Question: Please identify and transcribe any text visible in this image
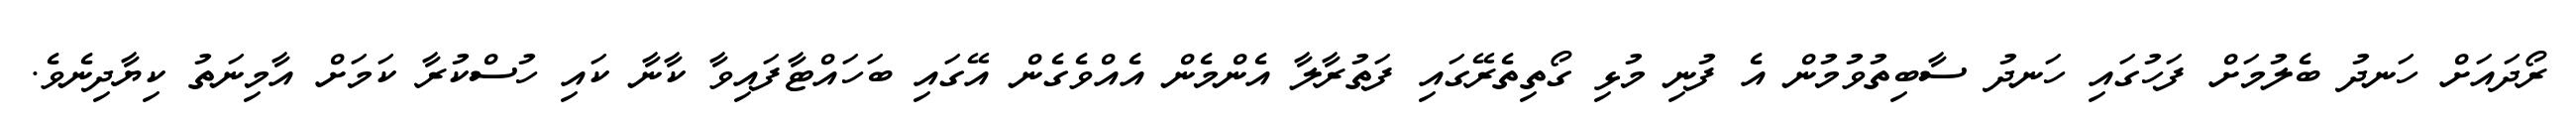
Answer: ރޯދައަށް ހަނދު ބެލުމަށް ފަހުގައި ހަނދު ސާބިތުވުމުން އެ ފުނި މުޅި ގޯތިތެރޭގައި ފަތުރާލާ އެންމެން އެއްވެގެން އޭގައި ބަހައްޓާފައިވާ ކާނާ ކައި ހުސްކުރާ ކަމަށް އާމިނަތު ކިޔާދިނެވެ.